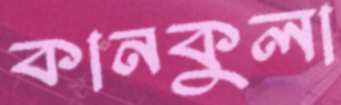
কানকুলা